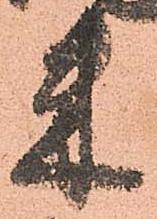
米